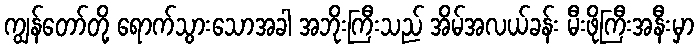
ကျွန်တော်တို့ ရောက်သွားသောအခါ အဘိုးကြီးသည် အိမ်အလယ်ခန်း မီးဖိုကြီးအနီးမှာ